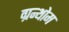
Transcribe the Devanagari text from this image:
ग्रन्थोम